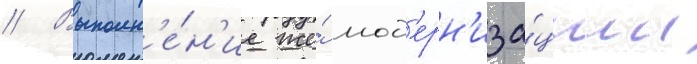
// Выполн'е́н'ие же́ мод'ерн'иза́ции